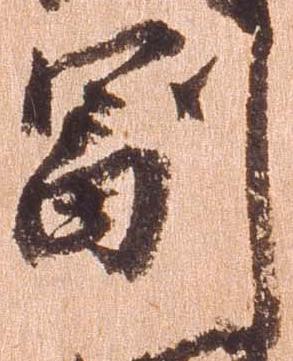
副